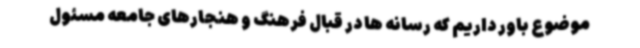
موضوع باور داریم که رسانه ها در قبال فرهنگ و هنجارهای جامعه مسئول